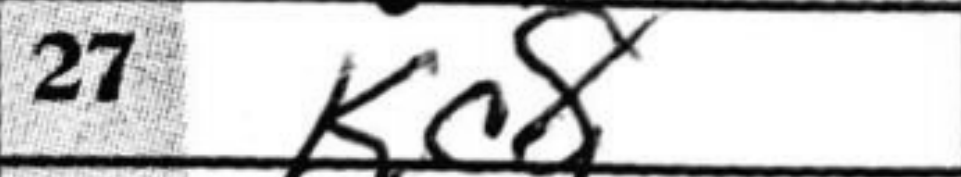
Transcription: Kc8